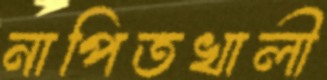
নাপিতখালী